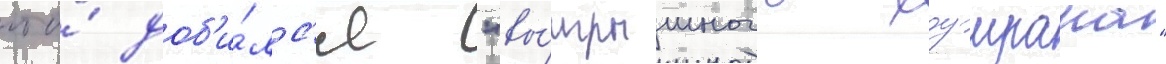
что́ доб'и́лс'я "вы́игрышного хоумрана"